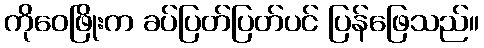
ကိုဝေဖြိုးက ခပ်ပြတ်ပြတ်ပင် ပြန်ဖြေသည်။